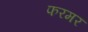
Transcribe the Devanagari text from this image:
फरमर